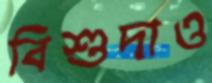
বিশুদাও